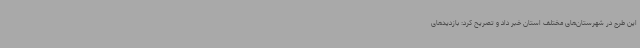
این طرح در شهرستان‌های مختلف استان خبر داد و تصریح کرد: بازدیدهای